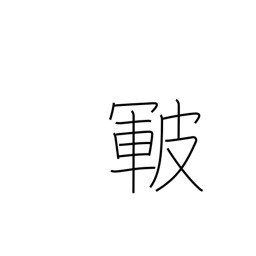
Meaning: skin cracks or roughness